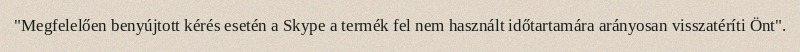
"Megfelelően benyújtott kérés esetén a Skype a termék fel nem használt időtartamára arányosan visszatéríti Önt".